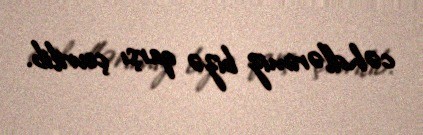
cəhdlərimiz bizə qarşı çevrilib.